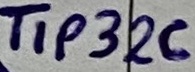
Text: TIP32C